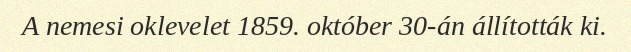
A nemesi oklevelet 1859. október 30-án állították ki.